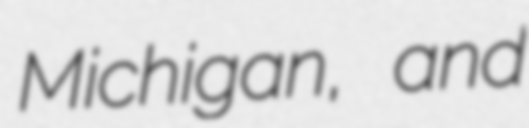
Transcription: Michigan, and